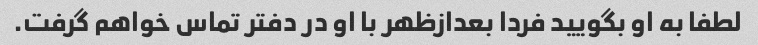
لطفا به او بگویید فردا بعدازظهر با او در دفتر تماس خواهم گرفت.